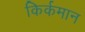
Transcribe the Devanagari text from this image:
किर्कमान